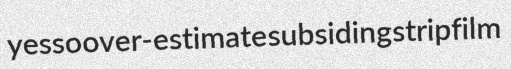
yesso over-estimate subsiding stripfilm